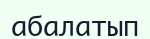
абалатып